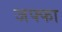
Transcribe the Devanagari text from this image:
जफ्फा